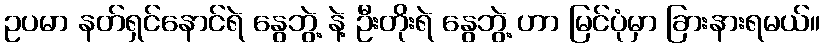
ဥပမာ နတ်ရှင်နောင်ရဲ နွေဘွဲ့ နဲ့ ဦးတိုးရဲ နွေဘွဲ့ ဟာ မြင်ပုံမှာ ခြားနားရမယ်။